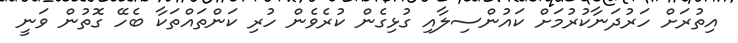
އިތުރަށް ހަރުދަނާކުރުމަށް ކައުންސިލާއި ގުޅިގެން ކުރެވެން ހުރި ކަންތައްތަކާ ބެހޭ ގޮތުން ވަނީ